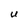
Character: U